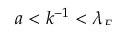
\smash { a < k ^ { - 1 } < \lambda _ { E } ^ { } }